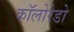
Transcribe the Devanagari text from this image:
कॉलोरेडो